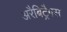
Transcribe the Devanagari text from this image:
अरैबिट्रैगस